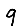
Digit: 9